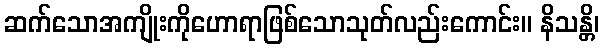
ဆက်သောအကျိုးကိုဟောရာဖြစ်သောသုတ်လည်းကောင်း။ နိသန္တိ၊